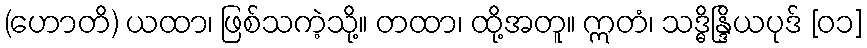
(ဟောတိ) ယထာ၊ ဖြစ်သကဲ့သို့။ တထာ၊ ထို့အတူ။ ဣတံ၊ သဒ္ဓိန္ဒြိယပုဒ် [၀၁]